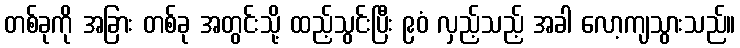
တစ်ခုကို အခြား တစ်ခု အတွင်းသို့ ထည့်သွင်းပြီး ၉၀ံ လှည့်သည့် အခါ လော့ကျသွားသည်။